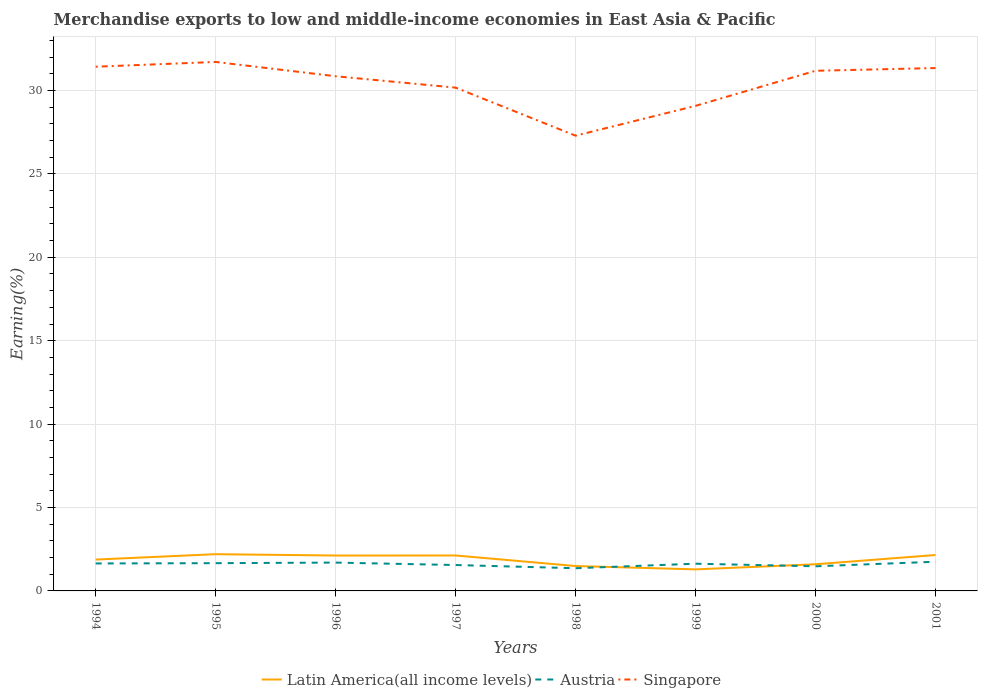
| Years | Latin America(all income levels) | Austria | Singapore |
 | --- | --- | --- | --- |
 | 1994 | 1.88 | 1.65 | 31.4 |
 | 1995 | 2.2 | 1.66 | 31.7 |
 | 1996 | 2.12 | 1.7 | 30.9 |
 | 1997 | 2.12 | 1.55 | 30.2 |
 | 1998 | 1.49 | 1.36 | 27.3 |
 | 1999 | 1.29 | 1.63 | 29.1 |
 | 2000 | 1.6 | 1.48 | 31.2 |
 | 2001 | 2.15 | 1.75 | 31.3 |